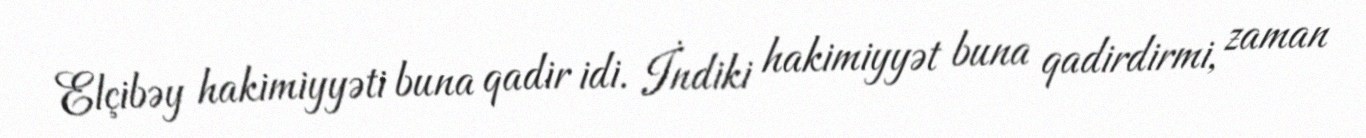
Elçibəy hakimiyyəti buna qadir idi. İndiki hakimiyyət buna qadirdirmi, zaman